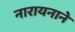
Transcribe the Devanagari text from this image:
नारायनाने